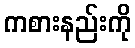
ကစားနည်းကို